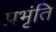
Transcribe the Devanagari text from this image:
प्रभृंति